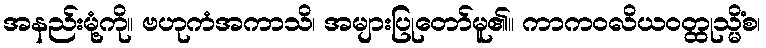
အနည်းမုံ့ကို။ ဗဟုကံအကာသိ၊ အများပြုတော်မူ၏။ ကာကဝလိယဝတ္ထုသ္မိံစ၊